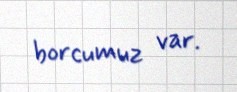
borcumuz var.